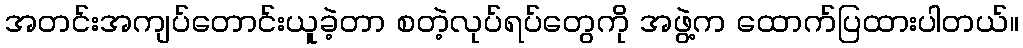
အတင်းအကျပ်တောင်းယူခဲ့တာ စတဲ့လုပ်ရပ်တွေကို အဖွဲ့က ထောက်ပြထားပါတယ်။